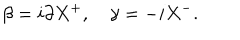
LaTeX: \beta = i \partial X ^ { + } , \quad \gamma = - i X ^ { - } .